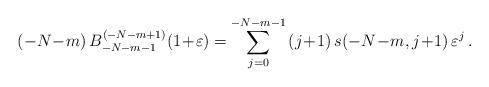
LaTeX: \begin{align*}(-N\!-\!m)\,B_{-N-m-1}^{(-N-m+1)}(1\!+\!\varepsilon) = \sum_{j=0}^{-N-m-1}\,(j\!+\!1)\,s(-N\!-\!m, j\!+\!1)\,\varepsilon^j\,. \end{align*}